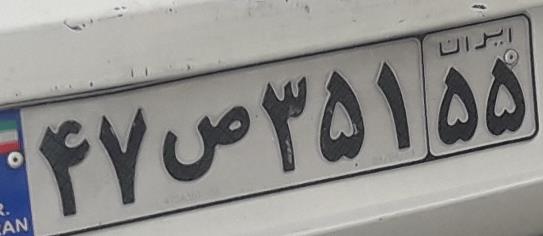
۴۷ص۳۵۱۵۵